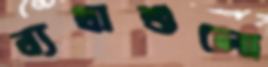
ব্যথাশুলো